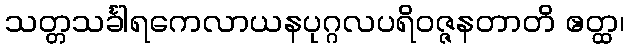
သတ္တသင်္ခါရကေလာယနပုဂ္ဂလပရိဝဇ္ဇနတာတိ ဧတ္ထ၊